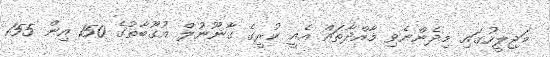
މަޖިލީހުގައި މިދެންނެވި މާއްދާތައް އެއީ ކުރީގެ ގާނޫނުލް އުގޫބާތުގެ 150 އިން 155